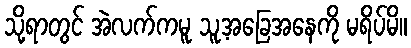
သို့ရာတွင် အဲလက်ကမူ သူ့အခြေအနေကို မရိပ်မိ။